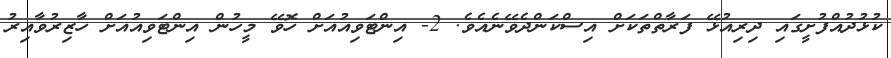
ކުޅުދުއްފުށީގައި ދިރިއުޅޭ ފަރާތްތަކަށް އިސްކަންދެވޭނެއެވެ. 2- އިންޓަވިއުއަށް ހޮވޭ މީހުން އިންޓަވިއުއަށް ހާޒިރުވާއިރު